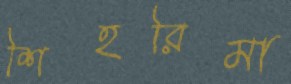
শিহরিমা